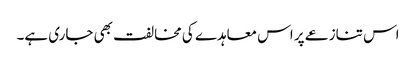
اس تنازعے پر اس معاہدے کی مخالفت بھی جاری ہے۔